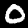
Label: 0